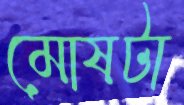
মোষটা